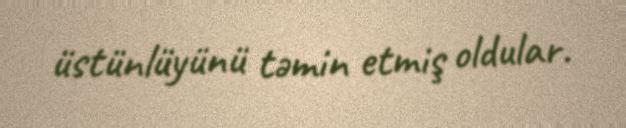
üstünlüyünü təmin etmiş oldular.